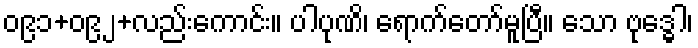
၀၉၁+၀၉၂+လည်းကောင်း။ ပါပုဏိ၊ ရောက်တော်မူပြီ။ သော ဗုဒ္ဓေါ၊